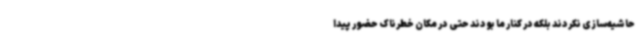
حاشیه‌سازی نکردند بلکه در کنار ما بودند حتی در مکان خطرناک حضور پیدا